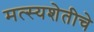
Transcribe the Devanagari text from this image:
मत्स्यशेतीचे